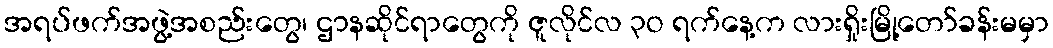
အရပ်ဖက်အဖွဲ့အစည်းတွေ၊ ဌာနဆိုင်ရာတွေကို ဇူလိုင်လ ၃ဝ ရက်နေ့က လားရှိုးမြို့တော်ခန်းမမှာ